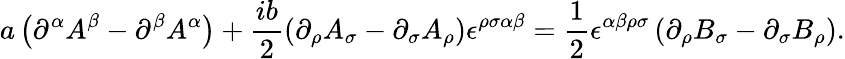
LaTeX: a\left(\partial^{\alpha}A^{\beta}-\partial^{\beta}A^{\alpha}\right)+\frac{ib}{2}\left(\partial_{\rho}A_{\sigma}-\partial_{\sigma}A_{\rho}\right)\epsilon^{\rho\sigma\alpha\beta}=\frac{1}{2}\epsilon^{\alpha\beta\rho\sigma}\left(\partial_{\rho}B_{\sigma}-\partial_{\sigma}B_{\rho}\right).